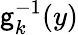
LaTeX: \mathsf{g}_{k}^{-1}(y)